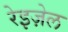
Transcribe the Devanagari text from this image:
रेइज़ेल